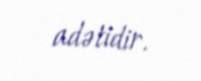
adətidir.